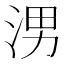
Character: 𪶀